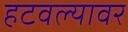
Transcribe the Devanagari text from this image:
हटवल्यावर